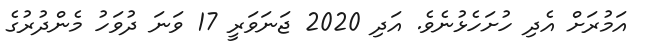
އަމުރަށް އެދި ހުށަހެޅުނެވެ. އަދި 2020 ޖަނަވަރީ 17 ވަނަ ދުވަހު މެންދުރުގެ